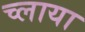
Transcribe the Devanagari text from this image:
च्लाया